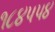
૧૮૪૫૫૪